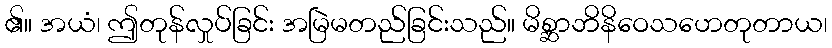
၏။ အယံ၊ ဤတုန်လှုပ်ခြင်း အမြဲမတည်ခြင်းသည်။ မိစ္ဆာဘိနိဝေသဟေတုတာယ၊